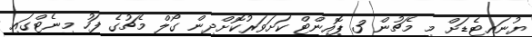
ޔުނައިޓެޑަށް މި މެޗުން 3 ޕޮއިންޓް ކަށަވަރުކޮށްދިން ގޯލް މެޗުގެ ފަހު މިނެޓްގައި